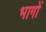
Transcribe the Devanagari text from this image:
भागाें